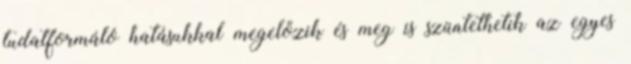
tudatformáló hatásukkal megelőzik és meg is szüntethetik az egyes